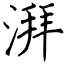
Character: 湃